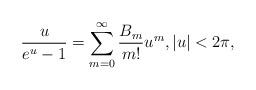
LaTeX: \begin{align*}\frac{u}{e^{u}-1} = \sum_{m=0}^{\infty} \frac{B_{m}}{m!}u^{m}, |u|<2\pi , \end{align*}